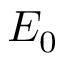
E _ { 0 }